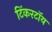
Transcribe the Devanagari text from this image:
टिंकरटॉय